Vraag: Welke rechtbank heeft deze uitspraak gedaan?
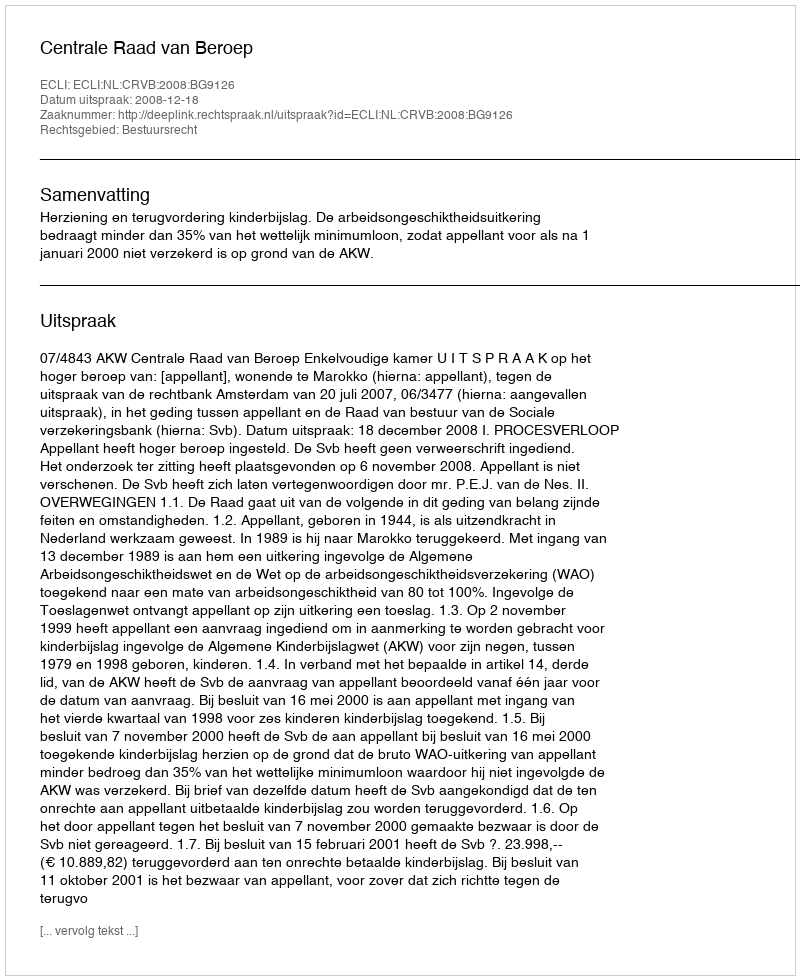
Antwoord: Centrale Raad van Beroep